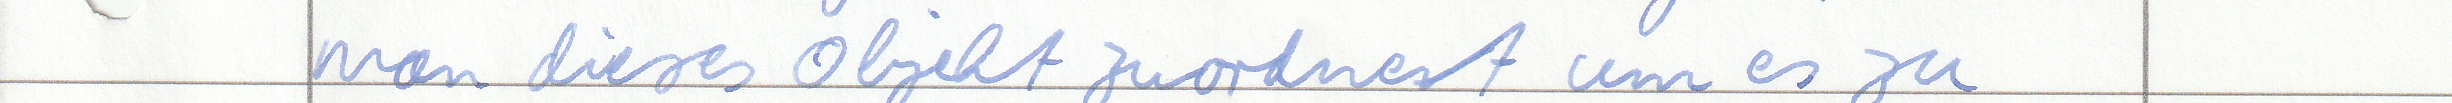
man dieses Objekt zuordnet um es zu